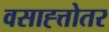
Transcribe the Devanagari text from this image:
वसाह्त्तोतर